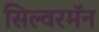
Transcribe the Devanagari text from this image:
सिल्वरमॅन